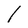
Character: l